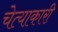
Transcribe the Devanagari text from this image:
चेत्याकारी